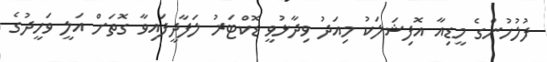
ފުލުހުންގެ މީޑިއާ އޮފިޝަލަކު މިއަދު ވިދާޅުވީ ޑޮކްޓަރު ލަފާދީފައިވާ ގޮތަށް އަލީ ވަހީދުގެ